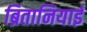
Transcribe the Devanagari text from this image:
ब्रितानियाई